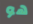
هو